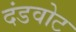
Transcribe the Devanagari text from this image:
दंडवोट